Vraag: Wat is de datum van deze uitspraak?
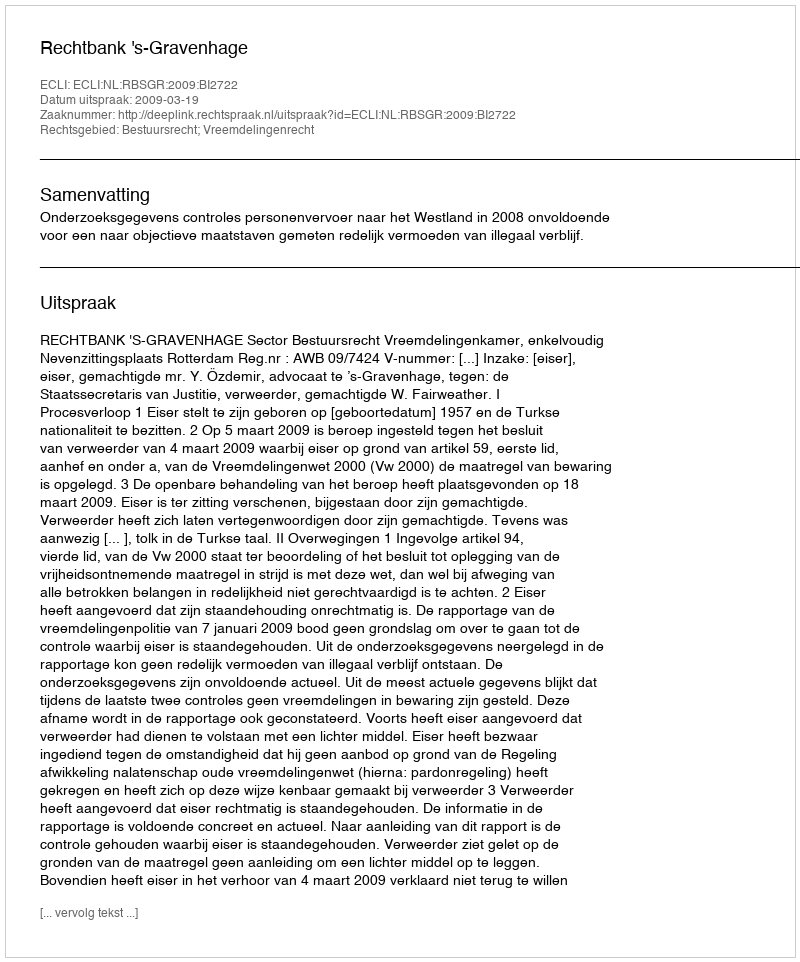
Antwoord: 2009-03-19